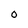
Character: 0